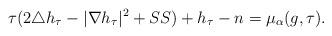
LaTeX: \begin{align*}\tau(2\triangle{h_{\tau}}-|\nabla{h_{\tau}}|^2+\SS)+h_{\tau}-n=\mu_{\alpha}(g,\tau).\end{align*}